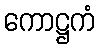
ကောဋ္ဌကံ